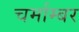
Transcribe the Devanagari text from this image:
चर्माम्बर